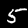
Label: 5